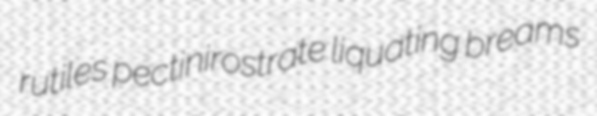
rutiles pectinirostrate liquating breams